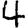
Digit: 4